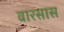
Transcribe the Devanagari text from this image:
वारसास